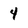
Character: 4